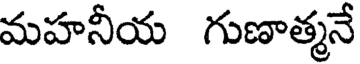
మహనీయ గుణాత్మనే